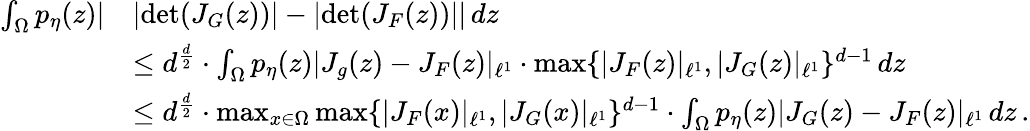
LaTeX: \begin{array}{rl}{\int_{\Omega}p_{\eta}(z)|}&{|\mathrm{det}(J_{G}(z))|-|\mathrm{det}(J_{F}(z))||\, dz}\\ &{\leq d^{\frac{d}{2}}\cdot\int_{\Omega}p_{\eta}(z)|J_{g}(z)-J_{F}(z)|_{\ell^{1}}\cdot\operatorname*{max}\{ |J_{F}(z)|_{\ell^{1}},|J_{G}(z)|_{\ell^{1}}\} ^{d-1}\, dz}\\ &{\leq d^{\frac{d}{2}}\cdot\operatorname*{max}_{x\in\Omega}\operatorname*{max}\{ |J_{F}(x)|_{\ell^{1}},|J_{G}(x)|_{\ell^{1}}\} ^{d-1}\cdot\int_{\Omega}p_{\eta}(z)|J_{G}(z)-J_{F}(z)|_{\ell^{1}}\, dz\, .}\end{array}